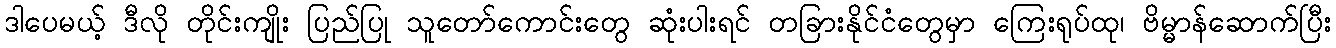
ဒါပေမယ့် ဒီလို တိုင်းကျိုး ပြည်ပြု သူတော်ကောင်းတွေ ဆုံးပါးရင် တခြားနိုင်ငံတွေမှာ ကြေးရုပ်ထု၊ ဗိမ္မာန်ဆောက်ပြီး